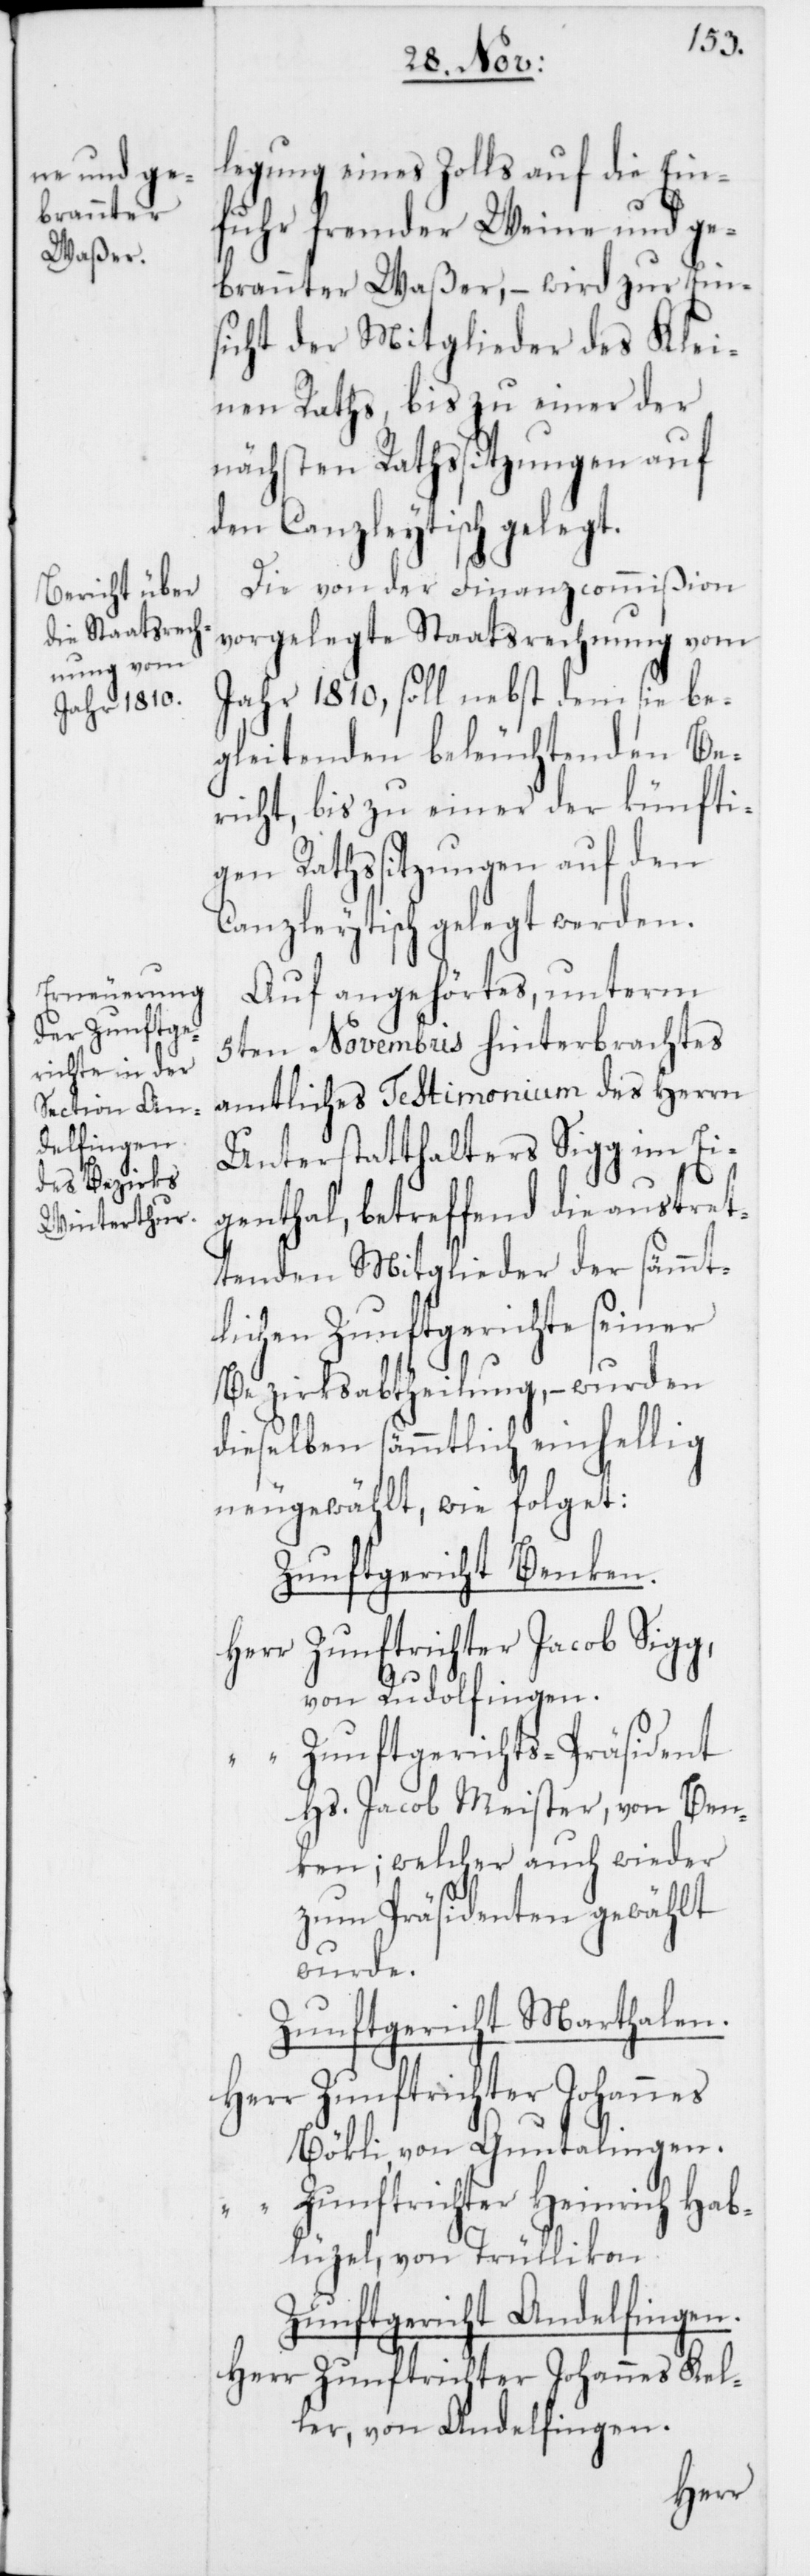
legung eines Zolls auf die Ein¬
fuhr fremder Weine und ge¬
brannter Waßer, – wird zur Ein¬
sicht der Mitglieder des Klei¬
nen Raths, bis zu einer der
nächsten Rathssitzungen auf
den Canzleytisch gelegt.
Die von der Finanzcommißion
vorgelegte Staatsrechnung vom
Jahr 1810, soll nebst dem sie be¬
gleitenden beleuchtenden Be¬
richt, bis zu einer der künfti¬
gen Rathssitzungen auf den
Canzleytisch gelegt werden.
Auf angehörtes, unterm
5ten Novembris hinterbrachtes
amtliches Testimonium des Herrn
Unterstatthalers Sigg im Ei¬
genthal, betreffend die austret¬
tenden Mitglieder der sämmt¬
lichen Zunftgerichte seiner
Bezirksabtheilung, – wurden
dieselben sämmtlich einhellig
neugewählt, wie folget:
Zunftgericht Benken.
Herr Zunftrichter Jacob Sigg,
von Rudolfingen.
“ Zunftgerichts-Präsident
Hs. Jacob Meister, von Ben¬
ken; welcher auch wieder
zum Präsidenten gewählt
wurde.
Zunftgericht Marthalen.
Herr Zunftrichter Johannes
Bökli, von Guntalingen.
“ Zunftrichter Heinrich Hab¬
lüzel, von Trüllikon.
Zunftgericht Andelfingen.
Herr Zunftrichter Johannes Kel¬
ler, von Andelfingen.